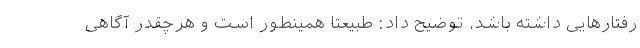
رفتارهایی داشته باشد، توضیح داد: طبیعتا همینطور است و هرچقدر آگاهی